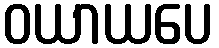
ဝယာယပေ